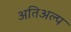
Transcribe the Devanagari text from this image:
अतिअल्प